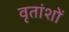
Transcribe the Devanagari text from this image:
वृतांशों